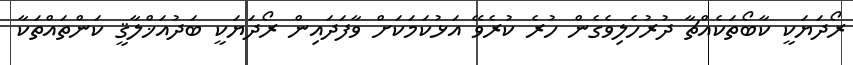
ރޯދަޔަކީ ކާބޯތަކެއްޗާ ދުރުހެލިވެގެން ހުރެ ކުރެވޭ އަޅުކަމަކަށް ވާފަދައިން ރޯދަޔަކީ ބަދުއަޚްލާޤީ ކަންތައްތަކާ